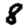
Digit: 8